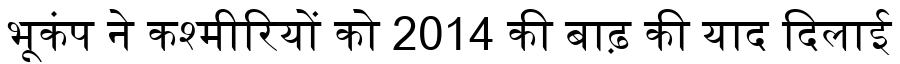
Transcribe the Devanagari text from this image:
भूकंप ने कश्मीरियों को 2014 की बाढ़ की याद दिलाई